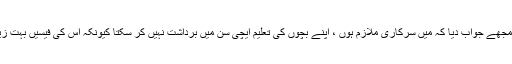
اس نے مجھے جواب دیا کہ میں سرکاری ملازم ہوں ، اپنے بچوں کی تعلیم ایچی سن میں برداشت نہیں کر سکتا کیونکہ اس کی فیسیں بہت زیادہ ہیں ۔